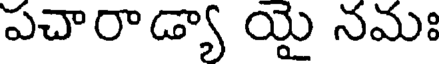
పచారాడ్యా యై నమః